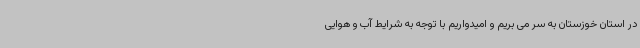
در استان خوزستان به سر می بریم و امیدواریم با توجه به شرایط آب و هوایی